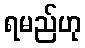
ရမည်ဟု